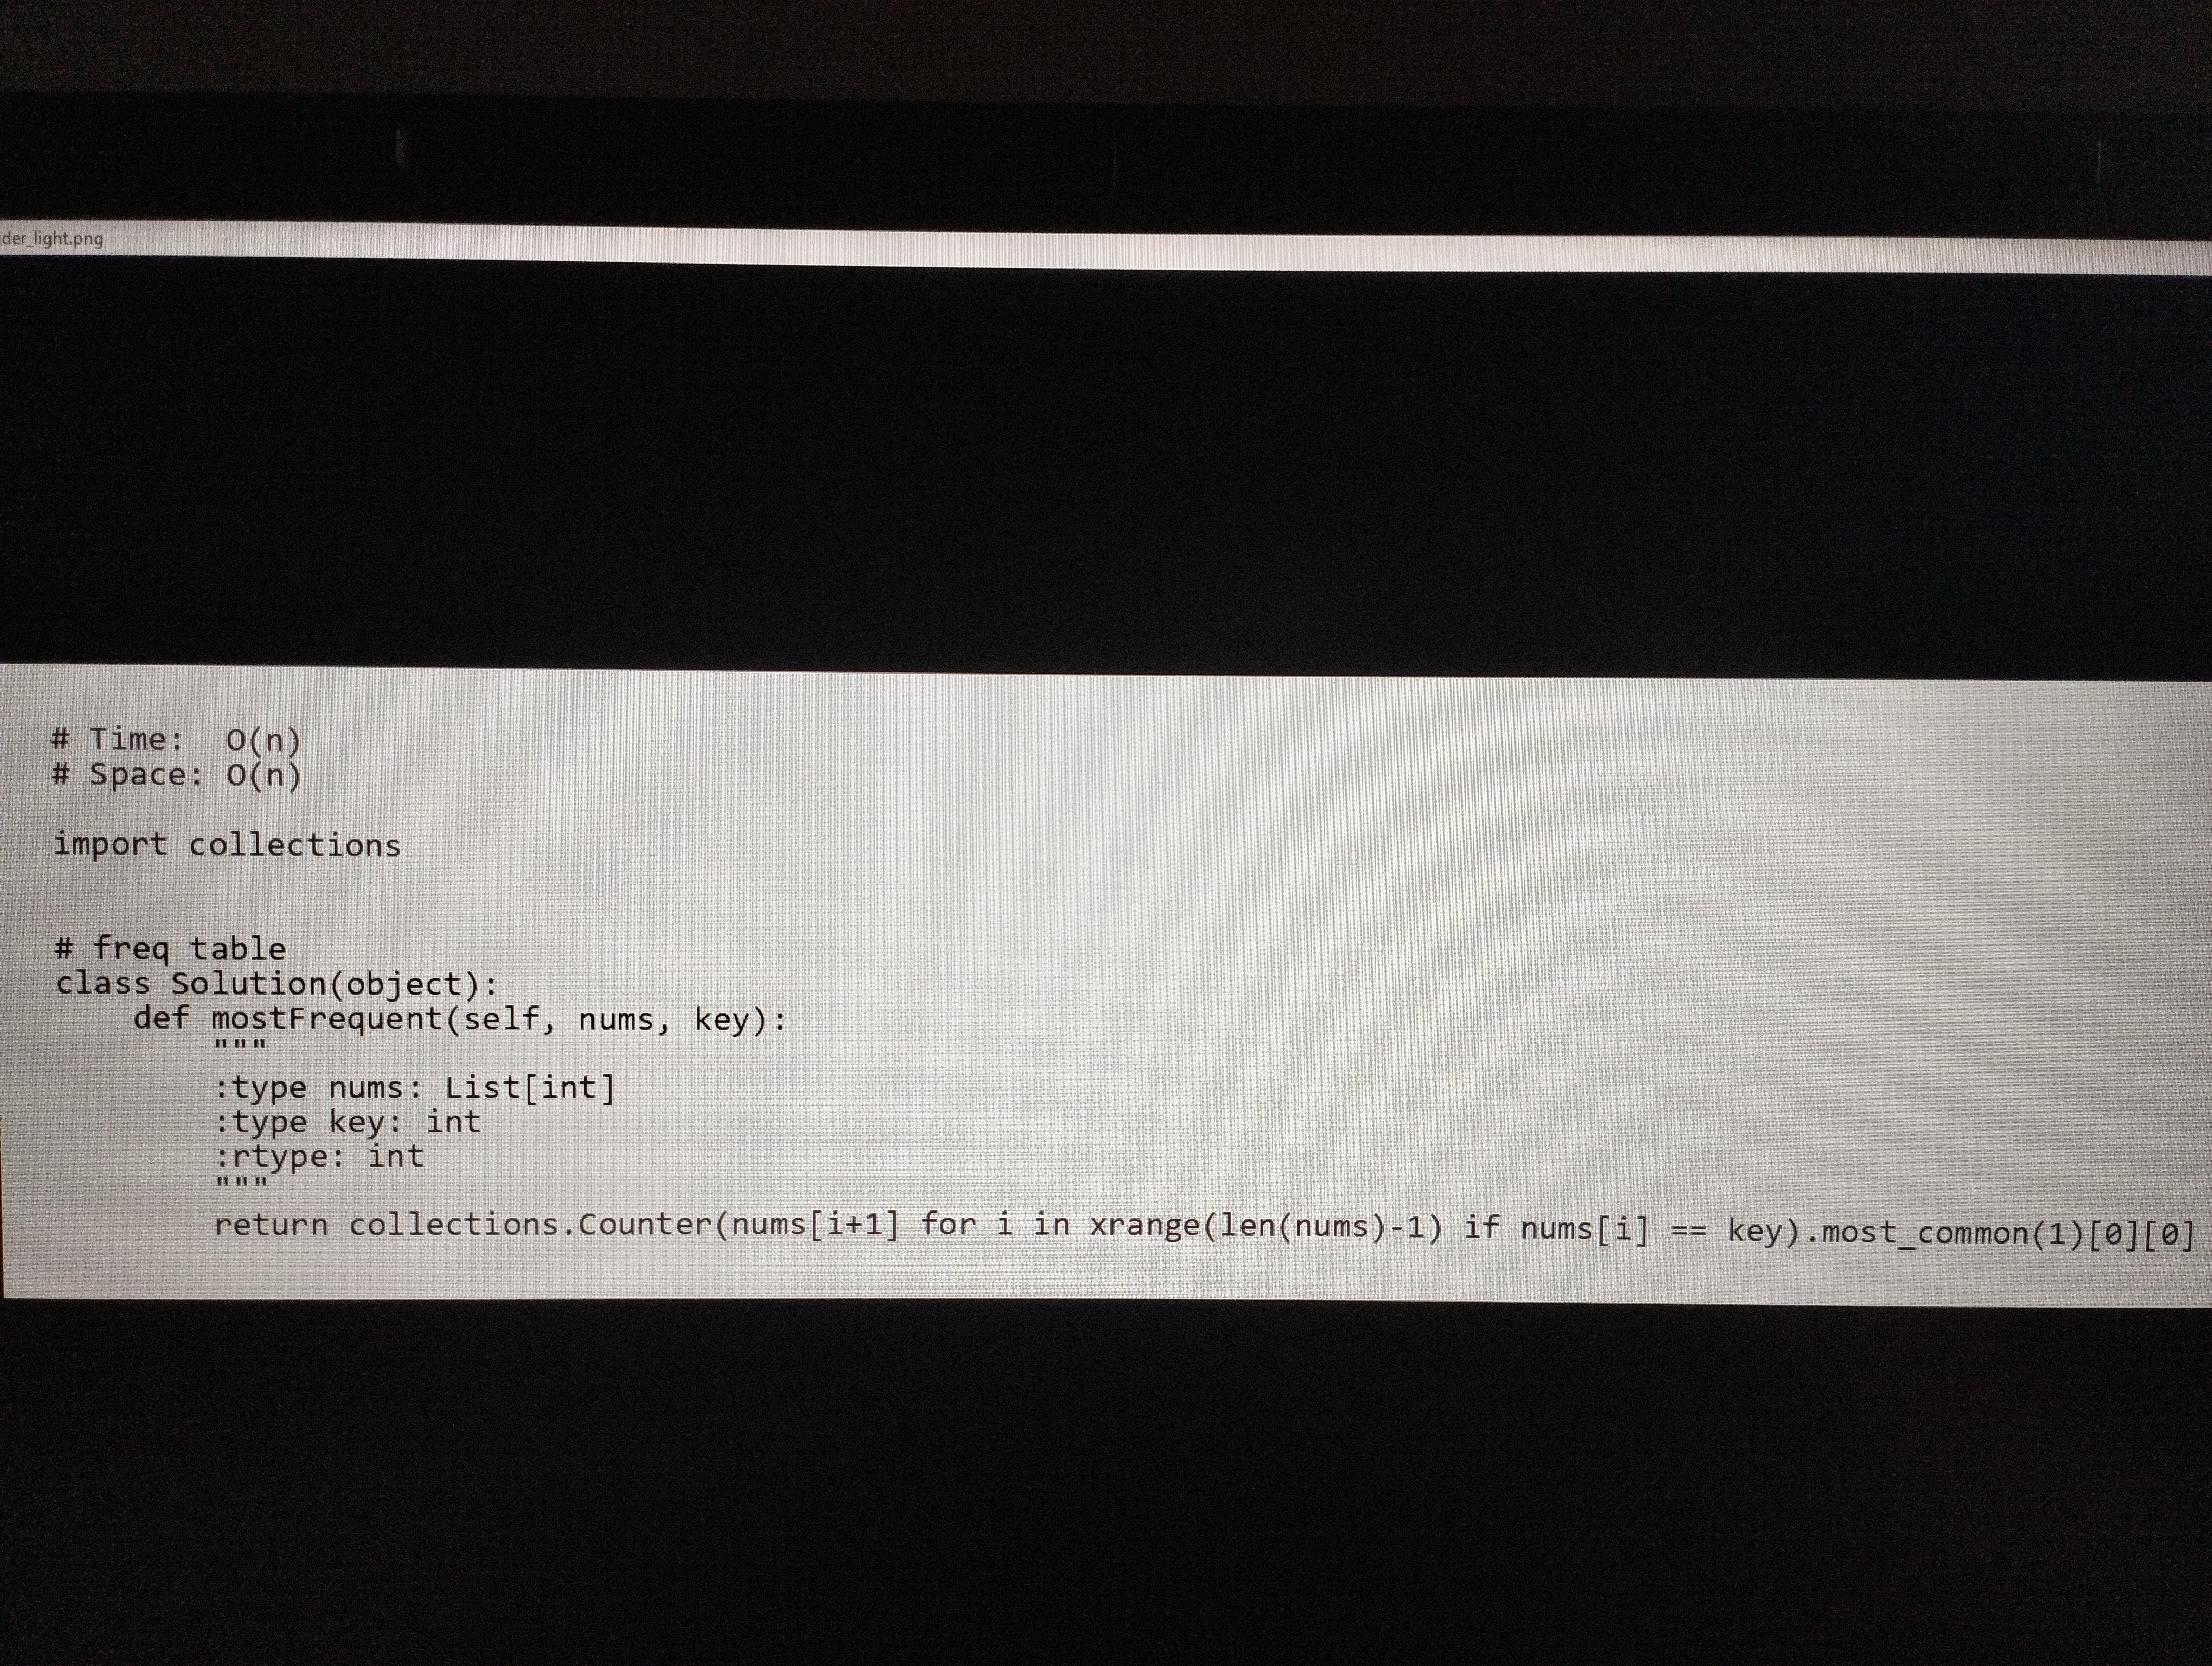
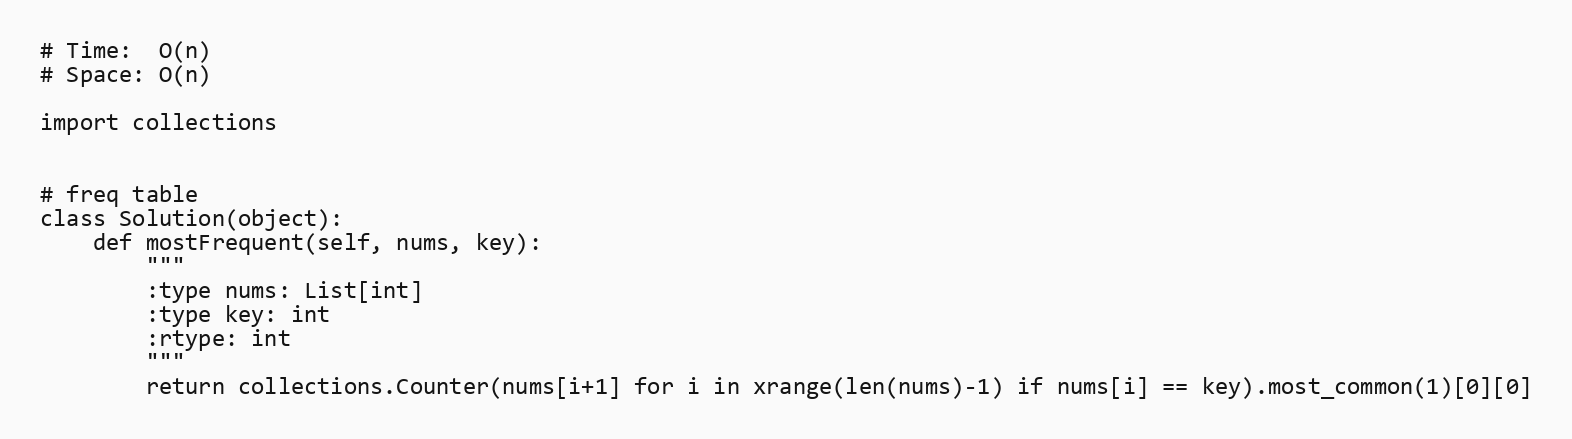
# Time:  O(n)
# Space: O(n)

import collections

# freq table
class Solution(object):
    def mostFrequent(self, nums, key):
        """
        :type nums: List[int]
        :type key: int
        :rtype: int
        """
        return collections.Counter(nums[i+1] for i in xrange(len(nums)-1) if nums[i] == key).most_common(1)[0][0]